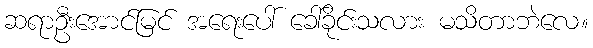
ဆရာဦးအောင်မြင် အရေးပေါ် ခေါ်ခိုင်းသလား မသိတာဘဲလေ။